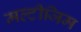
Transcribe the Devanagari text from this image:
मल्टीजिम